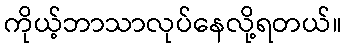
ကိုယ့်ဘာသာလုပ်နေလို့ရတယ်။